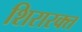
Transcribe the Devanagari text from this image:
शिरारक्त